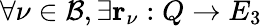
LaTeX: \forall\nu\in\mathcal{B},\exists\mathbf{r}_{\nu}:Q\rightarrow E_{3}